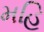
મહિ